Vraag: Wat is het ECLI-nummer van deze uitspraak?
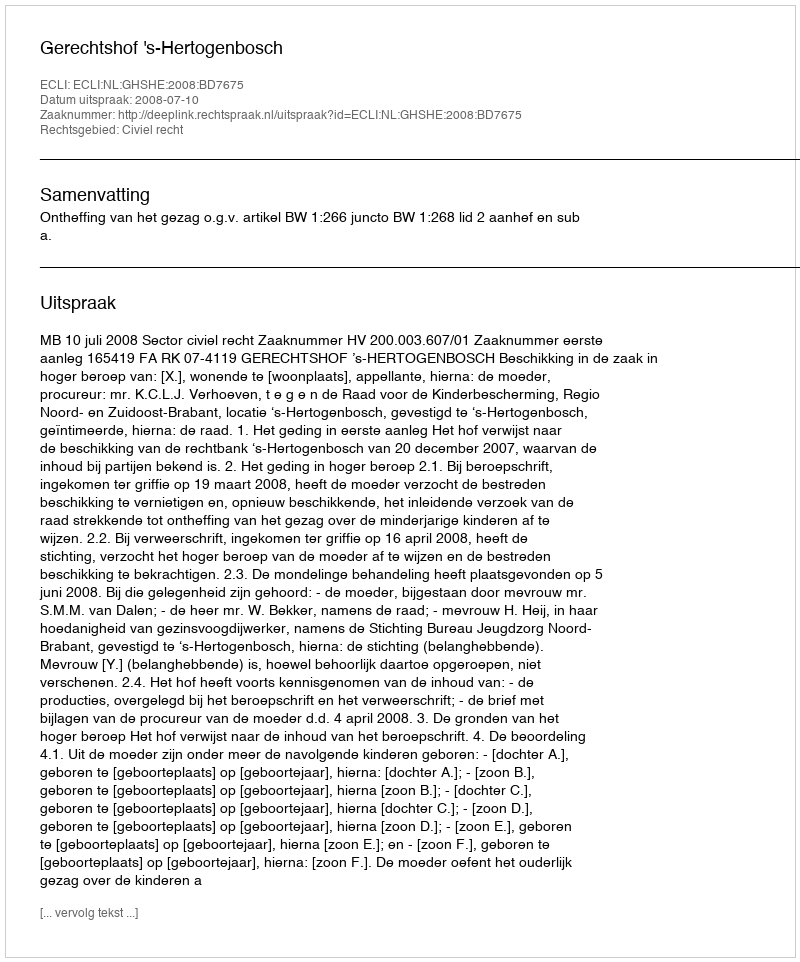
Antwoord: ECLI:NL:GHSHE:2008:BD7675